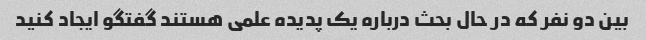
بین دو نفر که در حال بحث درباره یک پدیده علمی هستند گفتگو ایجاد کنید